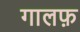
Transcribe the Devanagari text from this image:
गालफ़